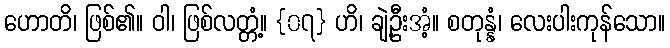
ဟောတိ၊ ဖြစ်၏။ ဝါ၊ ဖြစ်လတ္တံ့။ {၀၇} ဟိ၊ ချဲ့ဦးအံ့။ စတုန္နံ၊ လေးပါးကုန်သော။